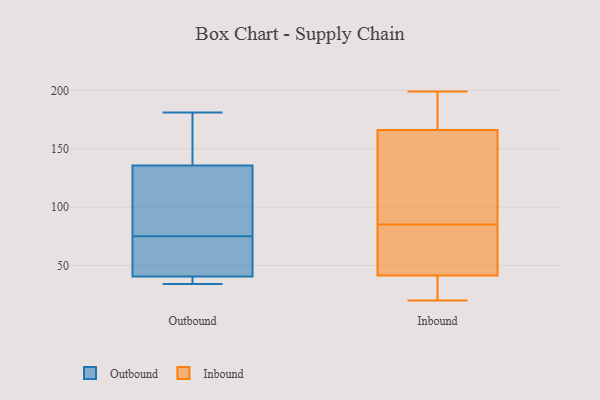
{"axis": {"x": "Revenue (USD Million)", "y": "Value"}, "legend": ["Inbound", "Outbound"], "data": [{"x": "", "y": 37, "type": "Outbound"}, {"x": "", "y": 92, "type": "Outbound"}, {"x": "", "y": 34, "type": "Outbound"}, {"x": "", "y": 142, "type": "Outbound"}, {"x": "", "y": 37, "type": "Outbound"}, {"x": "", "y": 75, "type": "Outbound"}, {"x": "", "y": 51, "type": "Outbound"}, {"x": "", "y": 117, "type": "Outbound"}, {"x": "", "y": 142, "type": "Outbound"}, {"x": "", "y": 68, "type": "Outbound"}, {"x": "", "y": 181, "type": "Outbound"}, {"x": "", "y": 36, "type": "Inbound"}, {"x": "", "y": 167, "type": "Inbound"}, {"x": "", "y": 179, "type": "Inbound"}, {"x": "", "y": 48, "type": "Inbound"}, {"x": "", "y": 58, "type": "Inbound"}, {"x": "", "y": 85, "type": "Inbound"}, {"x": "", "y": 199, "type": "Inbound"}, {"x": "", "y": 59, "type": "Inbound"}, {"x": "", "y": 77, "type": "Inbound"}, {"x": "", "y": 28, "type": "Inbound"}, {"x": "", "y": 132, "type": "Inbound"}, {"x": "", "y": 34, "type": "Inbound"}, {"x": "", "y": 20, "type": "Inbound"}, {"x": "", "y": 132, "type": "Inbound"}, {"x": "", "y": 39, "type": "Inbound"}, {"x": "", "y": 191, "type": "Inbound"}, {"x": "", "y": 195, "type": "Inbound"}, {"x": "", "y": 90, "type": "Inbound"}, {"x": "", "y": 163, "type": "Inbound"}]}